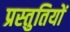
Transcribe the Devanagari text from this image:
प्रस्‍तुतियों